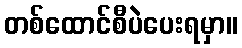
တစ်ထောင်စီပဲပေးရမှာ။